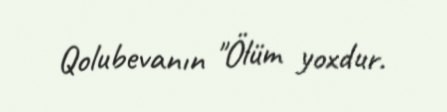
Qolubevanın "Ölüm yoxdur.